Report of the Indian Hemp Drugs Commission, 1894-1895 - Volume VII
Year: 1894
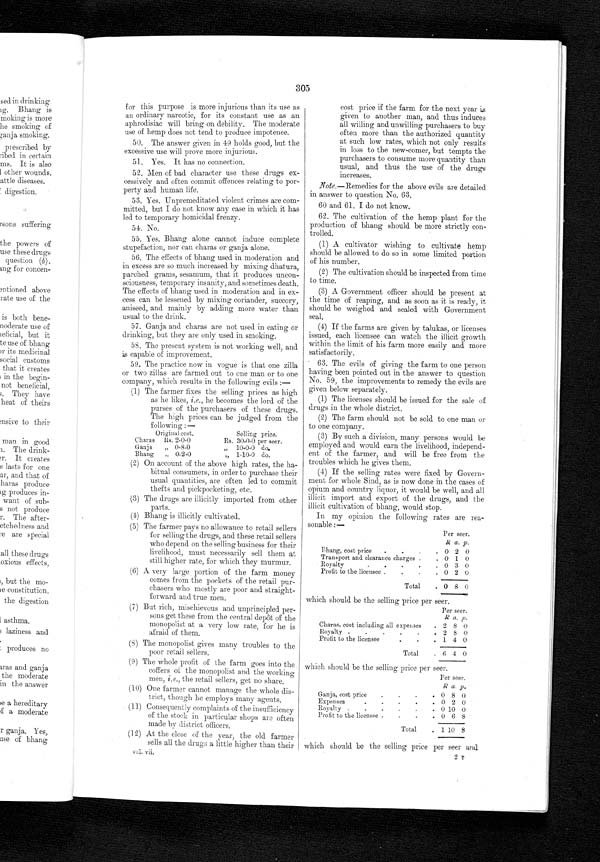
(2) On account of the above high rates, the ha-
bitual consumers, in order to purchase their
usual quantities, are often led to commit
thefts and pickpocketing, etc.
(3) The drugs are illicitly imported from other
parts.
(4) Bhang is illicitly cultivated.
(5) The farmer pays no allowance to retail sellers
for selling the drugs, and these retail sellers
who depend on the selling business for their
livelihood, must necessarily sell them at
still higher rate, for which they murmur.
(6) A very large portion of the farm money
comes from the pockets of the retail pur-
chasers who mostly are poor and straight-
forward and true men.
But rich, mischievous and unprincipled per-
sons get these from the central depot of the
monopolist at a very low rate, for lie is
afraid of them.
(8) The monopolist gives many troubles to the
poor retail sellers.
The whole profit of the farm goes into the
coffers oil the monopolist and the working
men, i.e., the retail sellers, get no share.
(10) One farmer cannot manage the whole dis-
trict, though lie employs many agents.
(11) Consequently complaints of the insufficiency
of the stock in particular shops are often
made by district officers.
(12) At the close of the year, the old. farmer
sells all the drugs a little higher than their
vol. vii,
(7)
(9)
305
for this purpose is more injurious than its use as
an ordinary narcotic, for its constant use as an
aphrodisiac will bring on debility. The moderate
use of hemp does not tend to produce impotence.
50. The answer given in 49 holds good, but the
excessive use will prove more injurious.
51. Yes. It has no connection.
52. Men of bad character use these drugs ex-
cessively and often commit offences relating to por-
perty and human life.
53. Yes. Unpremeditated violent crimes are com-
mitted, but I do not know any case in which it has
led to temporary homicidal frenzy.
54. No.
55. Yes. Bhang alone cannot induce complete
stupefaction, nor can charas or ganja alone.
56. The effects of bhang used in moderation and
in excess are so much increased by mixing dhatura,
parched grams, sesamum, that it produces uncon-
sciousness, temporary insanity, and sometimes death.
The effects of bhang used in moderation and in ex-
cess can be lessened by mixing coriander, succory,
aniseed, and mainly by adding more water than usual to the drink.
57. Ganja and charas are not used in eating or
drinking, but they are only used in smoking.
58. The present system is not working well, and
is capable of improvement.
59. The practice now in vogue is that one zilla
or two zillas are farmed out to one man or to one
company, which results in the following evils :
—
(1) The farmer fixes the selling prices as high
as he likes, i.e., he becomes the lord of the
purses of the purchasers of these drugs.
The high prices can be judged from the
following :—
Original cost.
Selling price.
Charas
Rs. 2-0-0
Rs. 30-0-0 per seer.
Ganja
„ 0-8-0
10-0-0 do.
Bhang
0-2-0
,, 1-10. 0 do.
cost price if the farm for the next year
is given to another man, and thus induces
all willing and unwilling purchasers to buy
often more than the authorized quantity
at such. low rates, which not only results
in loss to the new-comer, but tempts the
purchasers to consume more quantity than
usual, and thus the use of the drugs
increases.
Note. —Remedies for the above evils are detailed
in answer to question No. 63.
60 and 61. I do not know.
62. The cultivation of the hemp plant for the
production of bhang should be more strictly con-
trolled.
(1) A cultivator wishing to cultivate hemp
should be allowed to do so in some limited portion.
of his number.
(2) The cultivation should be inspected from time
to time.
(3) A Government officer should be present at
the time of reaping, and as soon as it is ready, it
should be weighed and sealed with Government
seal.
(4) If the farms are given by talukas, or licenses
issued, each licensee can watch the illicit growth
within the limit of his farm more easily and more
satisfactorily.
63. The evils of giving the farm to one person
having been pointed out in the answer to question
No. 59, the improvements to remedy the evils are
given below separately.
(1) The licenses should be issued for the sale of
drugs in the whole district.
(2) The farm should not be sold to one man or
to one company.
(3) By such a division, many persons would be
employed and would earn the livelihood, independ-
ent of the farmer, and will be free from the
troubles which he gives them.
(4) If the selling rates were fixed by Govern
- m e n t f o r w h o l e S i n d , a s i s n o w d o n e i n t h e c a s e s o f
opium and country liquor, it would be well, and all
illicit import and export of the drugs, and the
illicit cultivation of bhang, would stop.
In my opinion the following rates are rea-
sonable :—
Per seer.
R a. p.
Phang, cost price
.
.
.
. 0 2 0
Transport and clearance charges .
. 0 1 0
- Royalty
.
.
.
.
. 0 3 0
Profit to the licensee .
.
.
. 0 2 0
Total
. 0 8 0
which should be the selling price per seer.
Per seer.
R a. p.
Charas, cost including all expenses
. 2 8 0
Royalty .
.
.
. 2 8 0
Profit to the licensee.
. 1 4 0
.
Total
. 6 4 0
which should be the selling price per seer.
Per seer.
R a. p.
Ganja, cost price
.
.
.
. 0 8 0
Expenses
.
.
.
.
. 0 2 0
Royalty .
.
.
.
.
. 0 1 0
0
Profit to the licensee .
.
.
. 0 6 8
Total
. 1 10 8
which should be the selling price per seer and
2 T
_ .•